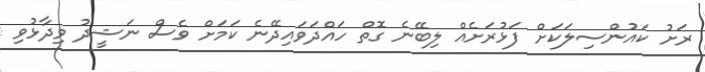
ރަށު ކައުންސިލަކަށް ފަޅުރަށެއް ލިބޭނެ ގޮތް ހައްދަވައިދޭނެ ކަމަށް ވެސް ނަޝީދު ވިދާޅުވި